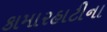
કામારહાટીના